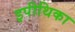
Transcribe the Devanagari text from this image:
इपीथिका